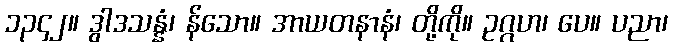
၁၃၄၂။ ဒွါဒသန္နံ၊ န်သော။ အာယတနာနံ၊ တို့ကို။ ဥဂ္ဂဟ၊ ပေ။ ပညာ၊